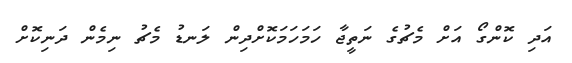
އަދި ކޮންގޯ އަށް މެޗުގެ ނަތީޖާ ހަމަހަމަކޮށްދިން ލަނޑު މެޗު ނިމެން ދަނިކޮށް